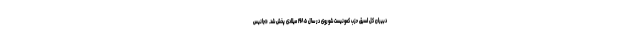
دبیران کل اسبق حزب کمونیست شوروی در سال ۱۹۸۵ میلادی پخش شد. «جانیس